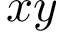
x y